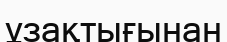
ұзақтығынан